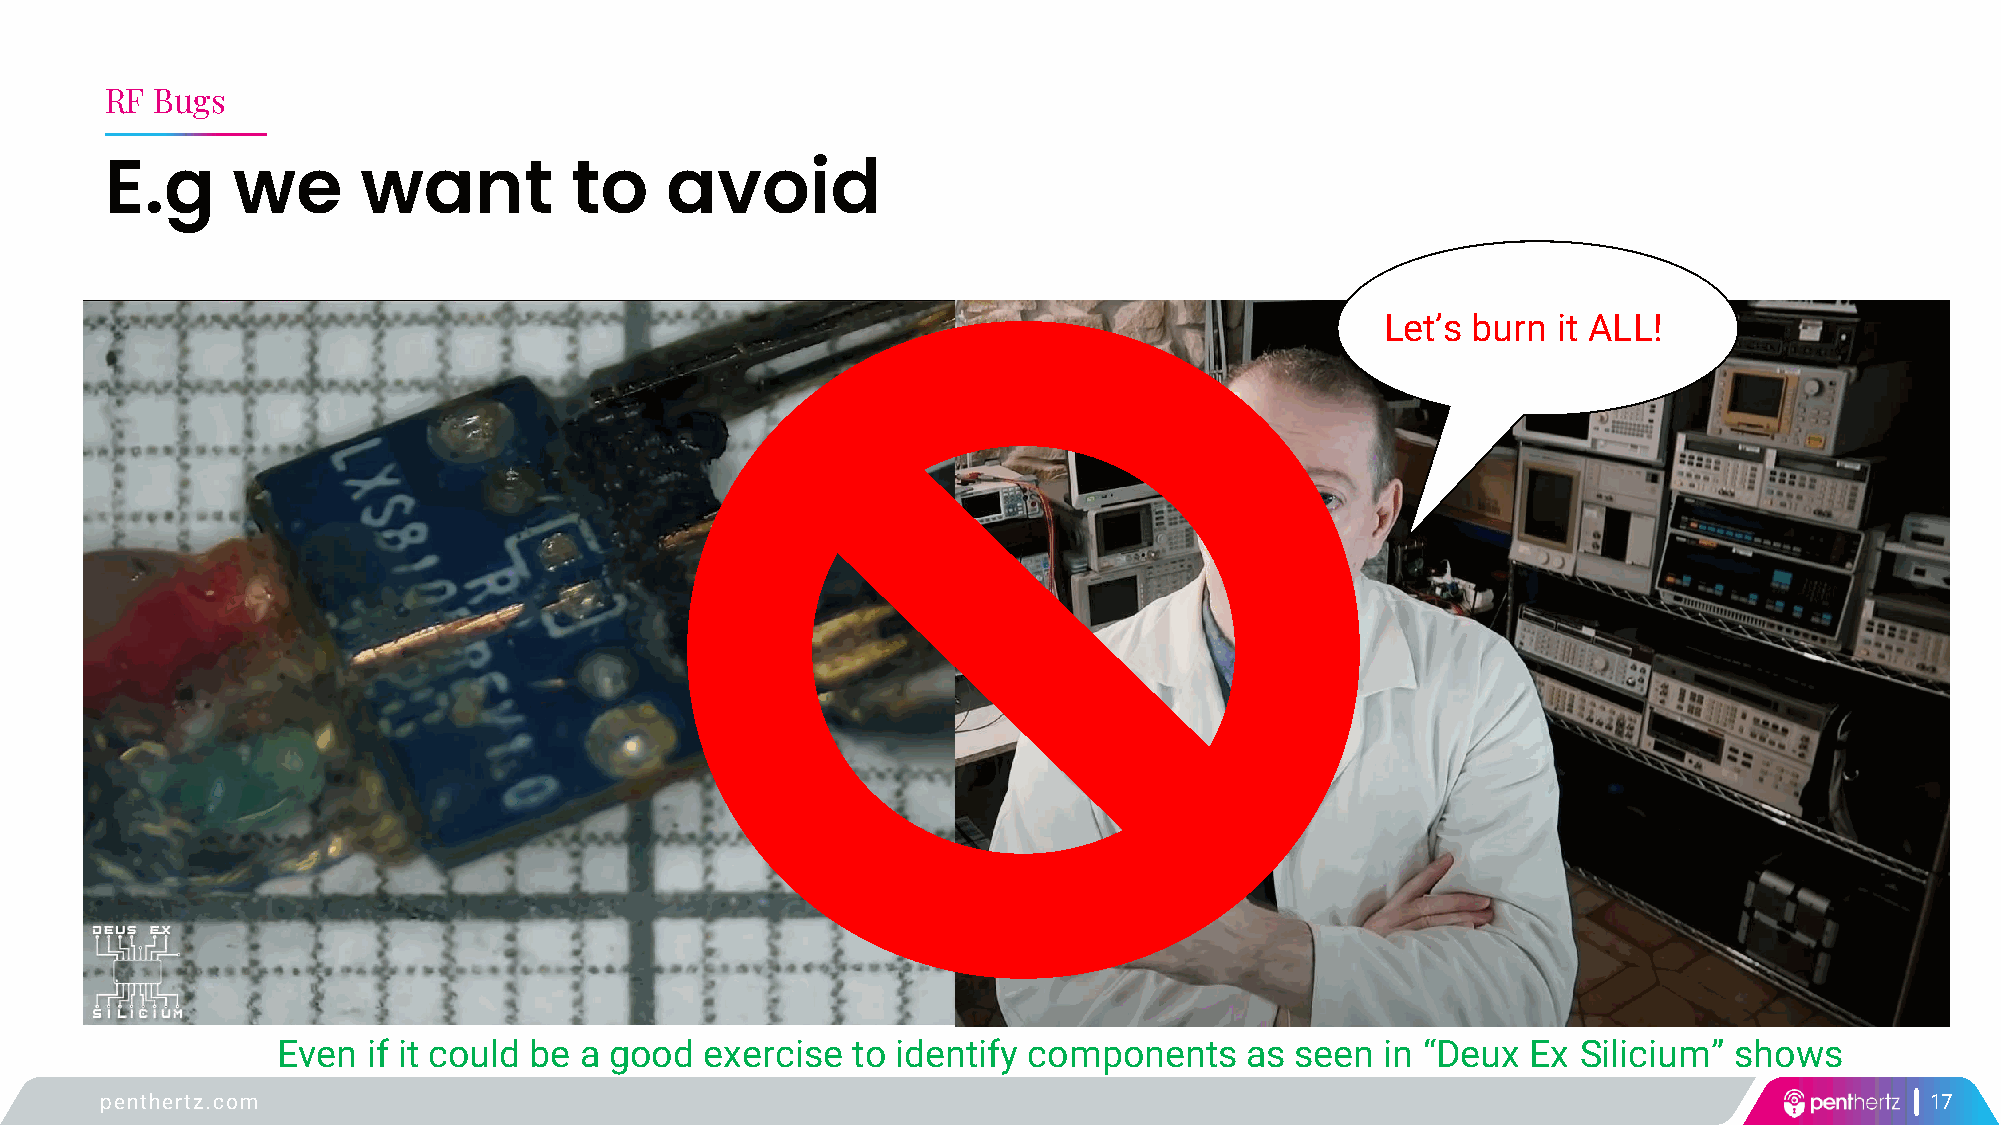
RF Bugs
 E.g     we       want          to    avoid
 Let’s burn it ALL!
 Even  if it could be a good  exercise to identify components    as  seen  in “Deux Ex  Silicium” shows
 penthertz.com                                                                                                            17